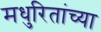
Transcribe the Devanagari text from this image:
मधुरितांच्या